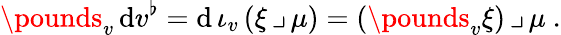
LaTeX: \pounds_{v}\, \mathrm{d}v^{\flat}=\mathrm{d}\, \iota_{v}\, (\xi\, \lrcorner\, \mu)=(\pounds_{v}\xi)\, \lrcorner\, \mu\ .